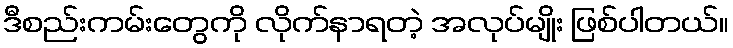
ဒီစည်းကမ်းတွေကို လိုက်နာရတဲ့ အလုပ်မျိုး ဖြစ်ပါတယ်။